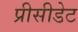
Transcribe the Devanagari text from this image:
प्रीसीडेट